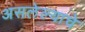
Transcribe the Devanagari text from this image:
असलेल्याचे